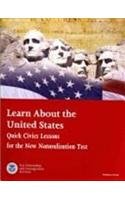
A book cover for Learn About the United States: Quick Civics Lessons for the New Naturalization Test, 2009 (Book & Audio CD); Test Preparation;